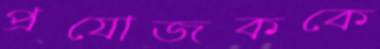
প্রযোজককে